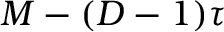
M - ( D - 1 ) \tau